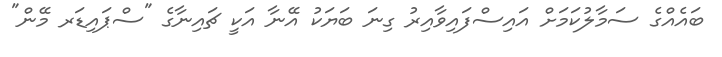
ބައެއްގެ ސަމާލުކަމަށް އައިސްފައިވާއިރު ގިނަ ބަޔަކު އޭނާ އަކީ ޗައިނާގެ "ސްޕައިޑަރ މޭން"